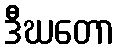
ဒီဃတော